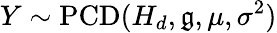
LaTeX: Y\sim\operatorname{PCD}(H_{d},\mathfrak{g},\mu,\sigma^{2})